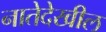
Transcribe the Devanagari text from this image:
नातेदेखील